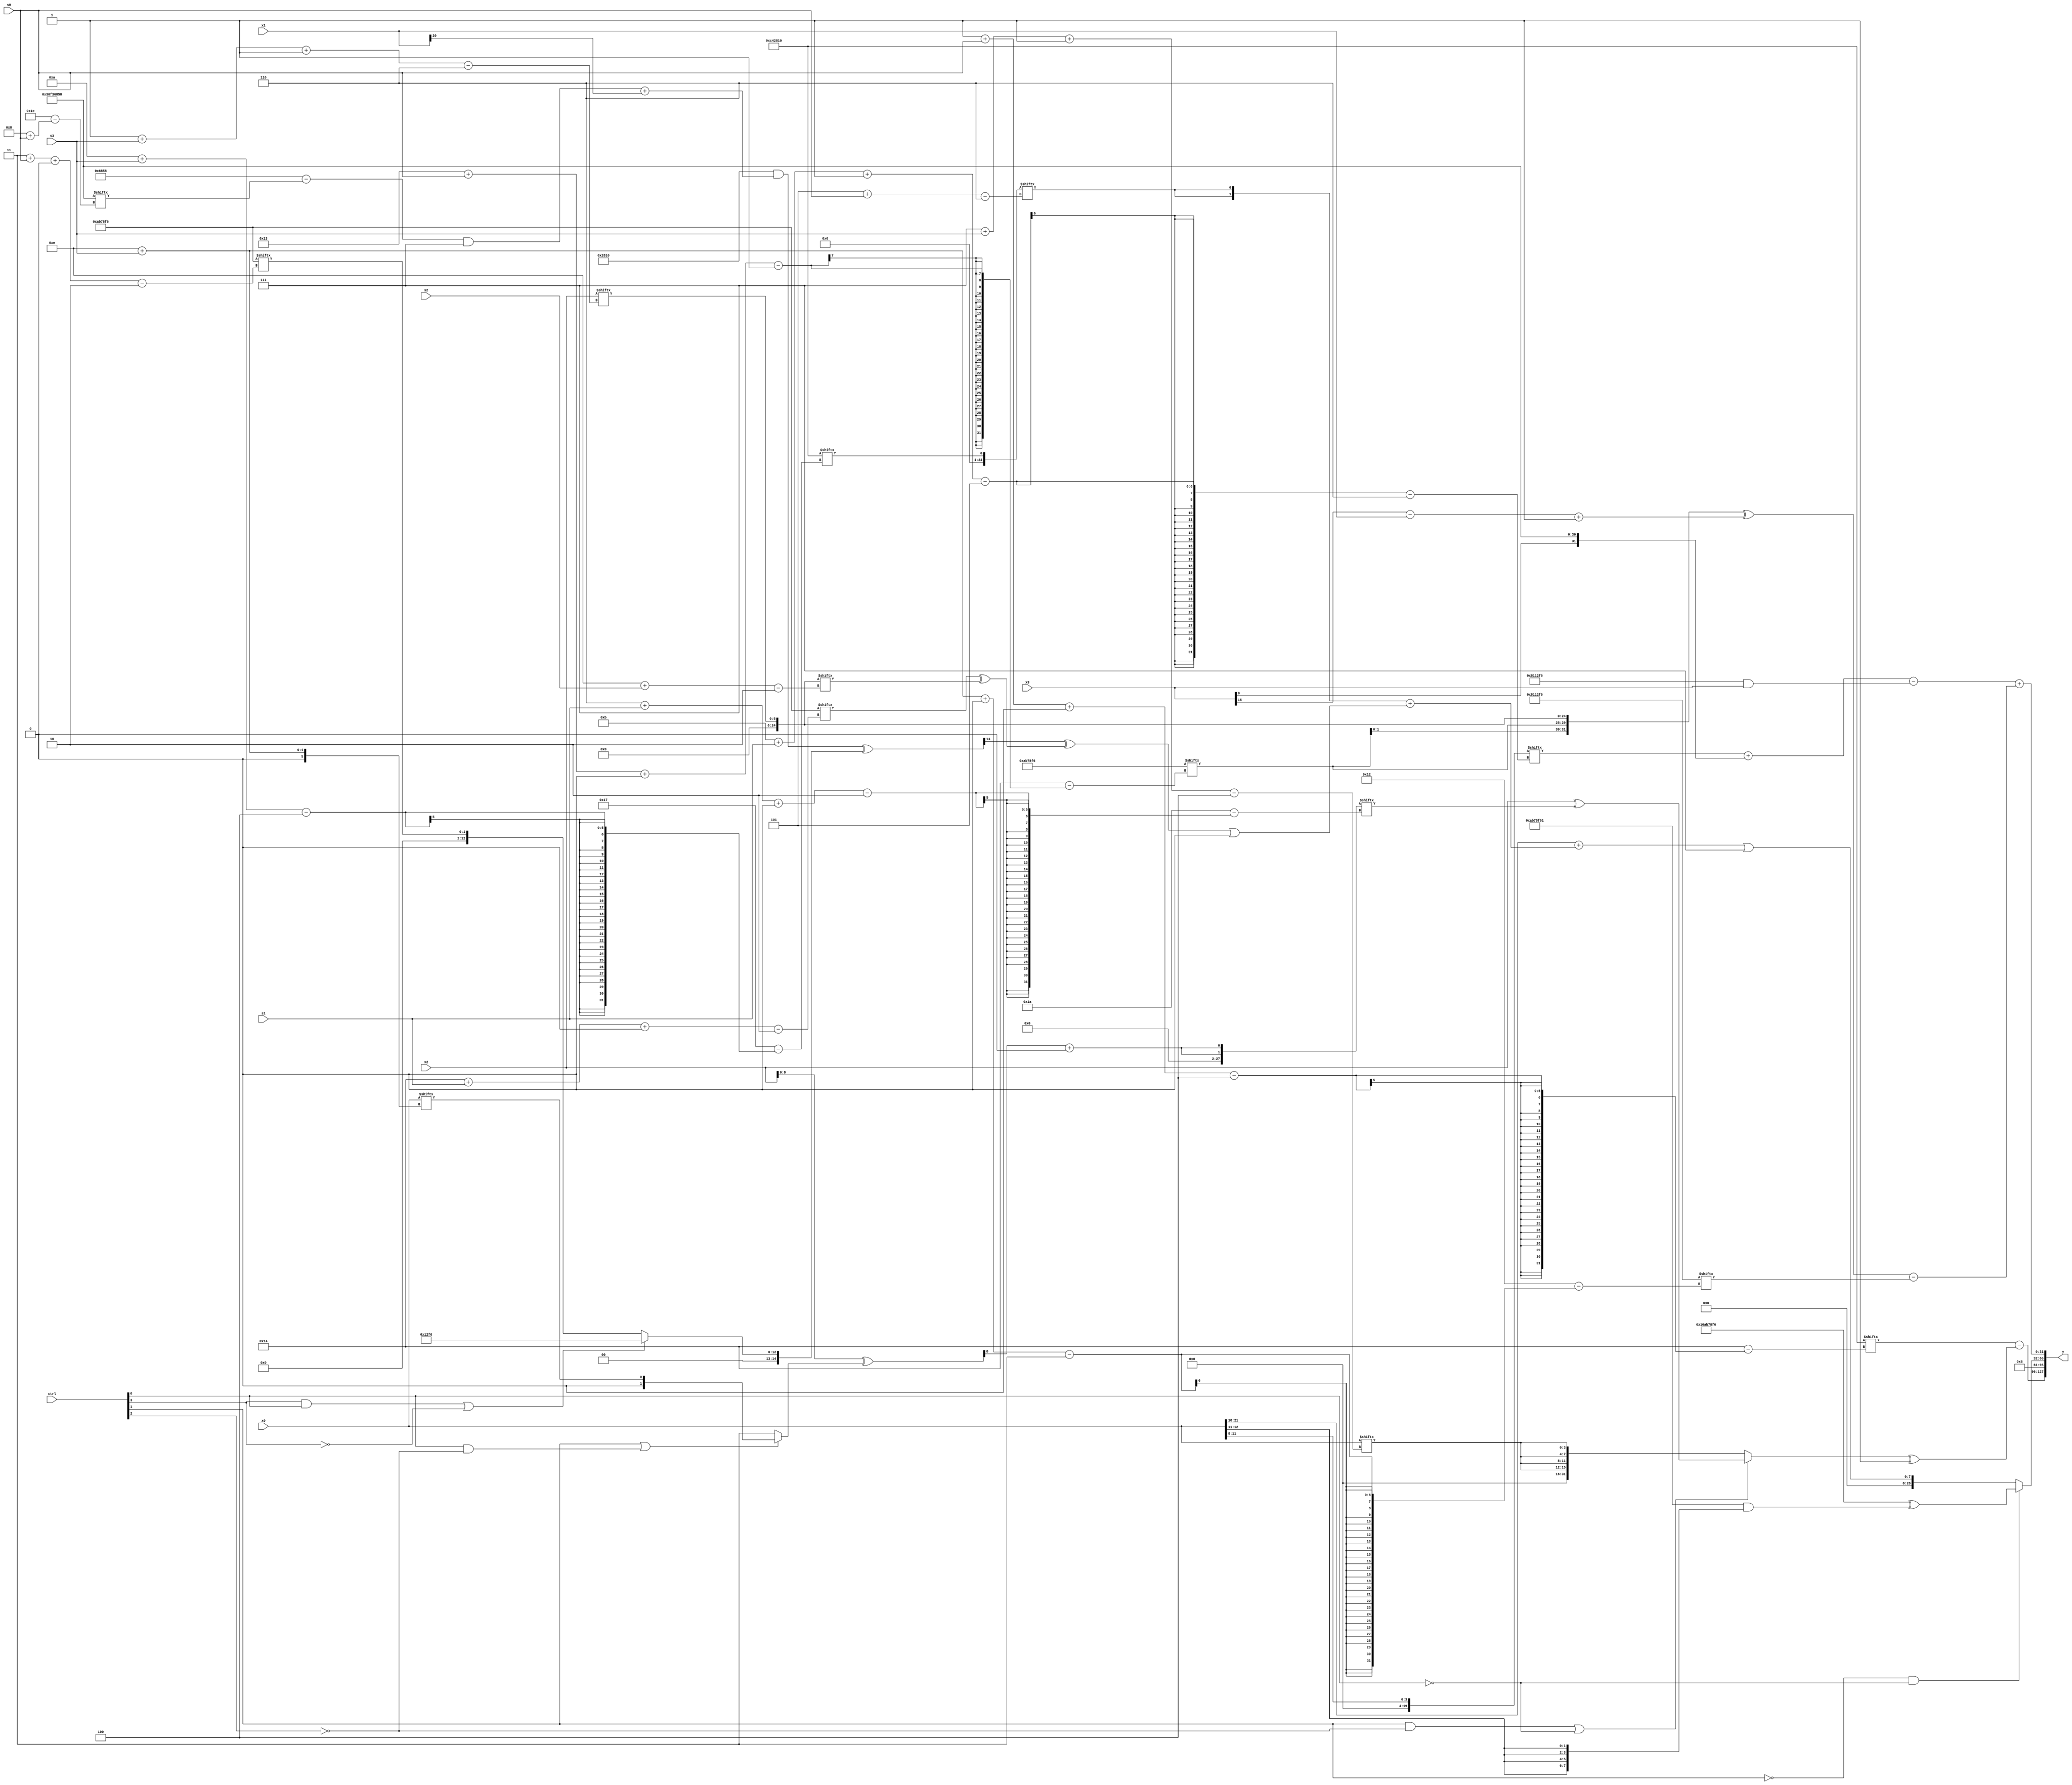
module partsel_00981(ctrl, s0, s1, s2, s3, x0, x1, x2, x3, y);
  input [3:0] ctrl;
  input [2:0] s0;
  input [2:0] s1;
  input [2:0] s2;
  input [2:0] s3;
  input [31:0] x0;
  input signed [31:0] x1;
  input signed [31:0] x2;
  input signed [31:0] x3;
  wire [31:3] x4;
  wire signed [25:3] x5;
  wire [26:2] x6;
  wire signed [30:3] x7;
  wire [0:28] x8;
  wire [30:6] x9;
  wire [29:6] x10;
  wire signed [25:6] x11;
  wire [1:25] x12;
  wire [30:0] x13;
  wire [2:29] x14;
  wire signed [25:0] x15;
  output [127:0] y;
  wire signed [31:0] y0;
  wire signed [31:0] y1;
  wire [31:0] y2;
  wire [31:0] y3;
  assign y = {y0,y1,y2,y3};
  localparam [29:2] p0 = 279673078;
  localparam signed [4:27] p1 = 683943952;
  localparam [3:26] p2 = 880874230;
  localparam [0:30] p3 = 821258328;
  assign x4 = (x2 ^ (ctrl[1] || ctrl[0] && !ctrl[2] ? x0[14 + s3] : p3[17 -: 3]));
  assign x5 = p0[3 + s0 +: 2];
  assign x6 = x2[1 + s3 -: 6];
  assign x7 = p2;
  assign x8 = ((p1 & {x2[12 + s0 -: 8], (((p3 - p3[8 + s0]) & p0[14 +: 3]) + x1[20 -: 1])}) ^ (ctrl[3] && ctrl[0] || !ctrl[3] ? p2 : {{p2[11], (!ctrl[0] || !ctrl[1] && !ctrl[2] ? (x1 | x5[13 -: 2]) : (p3[15 + s2] | p2[0 + s0 -: 6]))}, {2{{x4, x5}}}}));
  assign x9 = p1[1 + s0 +: 4];
  assign x10 = p1[10 + s3];
  assign x11 = x0[8 +: 4];
  assign x12 = p0;
  assign x13 = (({2{{2{(x11 ^ x6[0 + s3 -: 5])}}}} - {{(!ctrl[1] && ctrl[2] || !ctrl[1] ? ((x10 ^ x6[14 + s1 -: 5]) ^ (x6 + x6[11])) : p1), {x2[25 + s2 -: 2], ((p2 | x4[27 + s3 +: 1]) & p3[18])}}, (ctrl[0] || !ctrl[2] || !ctrl[0] ? {2{p0[10 +: 3]}} : {((p2[25 + s1 -: 8] ^ p2) | p1[30 + s2 +: 5]), (x3[15] - p0[2 + s2 -: 8])})}) + p3);
  assign x14 = {2{(x4[11] + p0[17 +: 1])}};
  assign x15 = (x14[9] - (!ctrl[1] && ctrl[1] && ctrl[2] ? p3 : (ctrl[1] || ctrl[2] && !ctrl[3] ? p0 : x0[23 -: 3])));
  assign y0 = (x9 - ((ctrl[1] && !ctrl[2] || !ctrl[0] ? (x2 ^ x14[6 + s1 +: 2]) : {2{{2{x0[7 + s3 -: 4]}}}}) ^ p0[15]));
  assign y1 = p0[16 +: 1];
  assign y2 = (!ctrl[1] && !ctrl[1] && !ctrl[0] ? ({p0[21], p0} ^ ((p0[12 -: 3] ^ {p0, p0[9 +: 4]}) & {2{{2{x0[12 -: 2]}}}})) : ((x0[21 -: 4] + ({2{x10[5 + s0]}} + ((x8[14] ^ (p0[20 + s1 +: 6] ^ x6[14 + s2])) | p3[23]))) | p2[22 -: 3]));
  assign y3 = ({(x10[18 + s0] & p2[31 + s0 +: 2]), ((x11[11 + s1 -: 5] + {x3, p3}) - {x6[10 + s0 +: 4], (x7 & x3)})} + (({{2{x12[19 + s0 +: 5]}}, x6} ^ ((x3[15 +: 1] - x1) + (p3[14] + (x0[11] & x14[13 +: 1])))) - p2[14 + s3 +: 6]));
endmodule